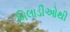
બિલાડીઓથી